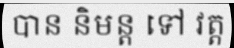
បាន និមន្ត ទៅ វត្ត